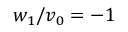
w _ { 1 } / v _ { 0 } = - 1